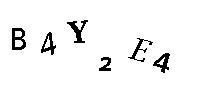
B4Y2E4